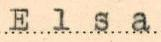
Elsa